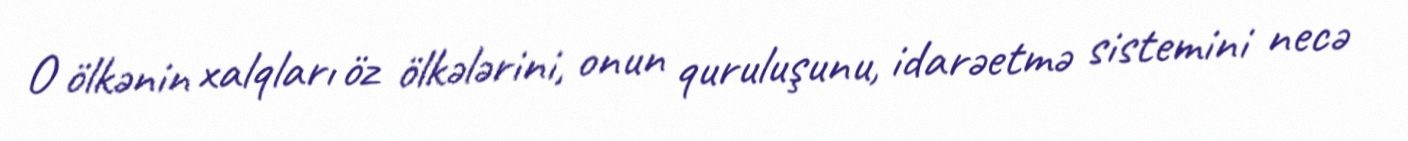
O ölkənin xalqları öz ölkələrini, onun quruluşunu, idarəetmə sistemini necə